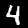
Digit: 4